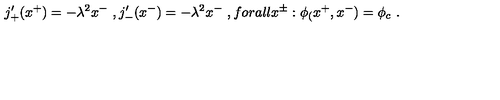
j _ { + } ^ { \prime } ( x ^ { + } ) = - \lambda ^ { 2 } x ^ { - } \ , j _ { - } ^ { \prime } ( x ^ { - } ) = - \lambda ^ { 2 } x ^ { - } \ , f o r a l l x ^ { \pm } : \phi _ { ( } x ^ { + } , x ^ { - } ) = \phi _ { c } \ .